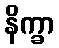
နိက္ခာ